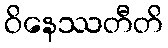
ဝိနေဿတီတိ